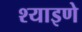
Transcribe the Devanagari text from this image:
श्याइणे